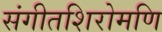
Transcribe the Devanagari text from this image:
संगीतशिरोमणि